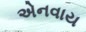
એનવાય